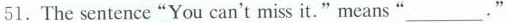
51.The sentence"You can't miss it."means "___. "